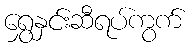
ရွှေနှင်းဆီရပ်ကွက်